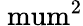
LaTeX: \mathrm{\ mum^{2}}